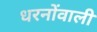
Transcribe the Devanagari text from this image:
धरनोंवाली